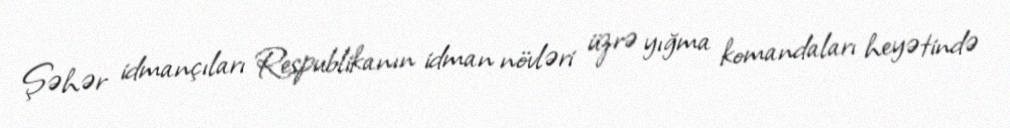
Şəhər idmançıları Respublikanın idman növləri üzrə yığma komandaları heyətində